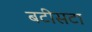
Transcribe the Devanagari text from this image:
बटीसटा